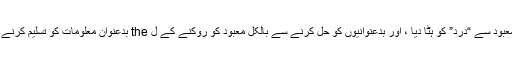
مہادوت نے بالکل معبود سے “درد” کو ہٹا دیا ، اور بدعنوانیوں کو حل کرنے سے بالکل معبود کو روکنے کے ل the بدعنوان معلومات کو تسلیم کرنے والے مدار میں ڈالا۔